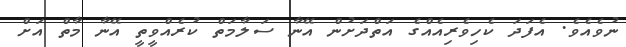
ނުވެއެވެ. އެފަދަ ކެހިވެރިއެއްގެ އަތްދަށުން އޭނާ ސަލާމަތް ކުރެއްވީތީ އޭނާ މާތް އަށް